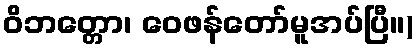
ဝိဘတ္တော၊ ဝေဖန်တော်မူအပ်ပြီ။)